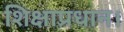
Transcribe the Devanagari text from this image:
शिक्षाप्रधान।